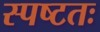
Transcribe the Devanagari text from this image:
स्पष्‍टतः